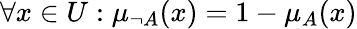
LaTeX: \forall x\in{U}:\mu_{\neg{A}}(x)=1-\mu_{A}(x)